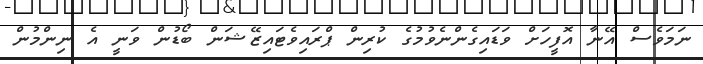
ނަމަވެސް އޭނާ އޮފީހަށް ވަޑައިގެންނެވުމުގެ ކުރިން ޕްރައިވެޓައިޒޭޝަން ބޯޑުން ވަނީ އެ ނިންމުން